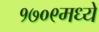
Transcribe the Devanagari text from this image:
१७०९मध्ये